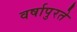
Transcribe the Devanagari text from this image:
वर्षापुरते